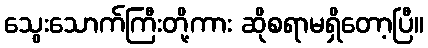
သွေးသောက်ကြီးတို့ကား ဆိုစရာမရှိတော့ပြီ။